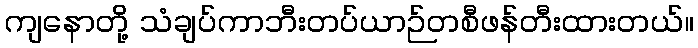
ကျနောတို့ သံချပ်ကာဘီးတပ်ယာဉ်တစီဖန်တီးထားတယ်။